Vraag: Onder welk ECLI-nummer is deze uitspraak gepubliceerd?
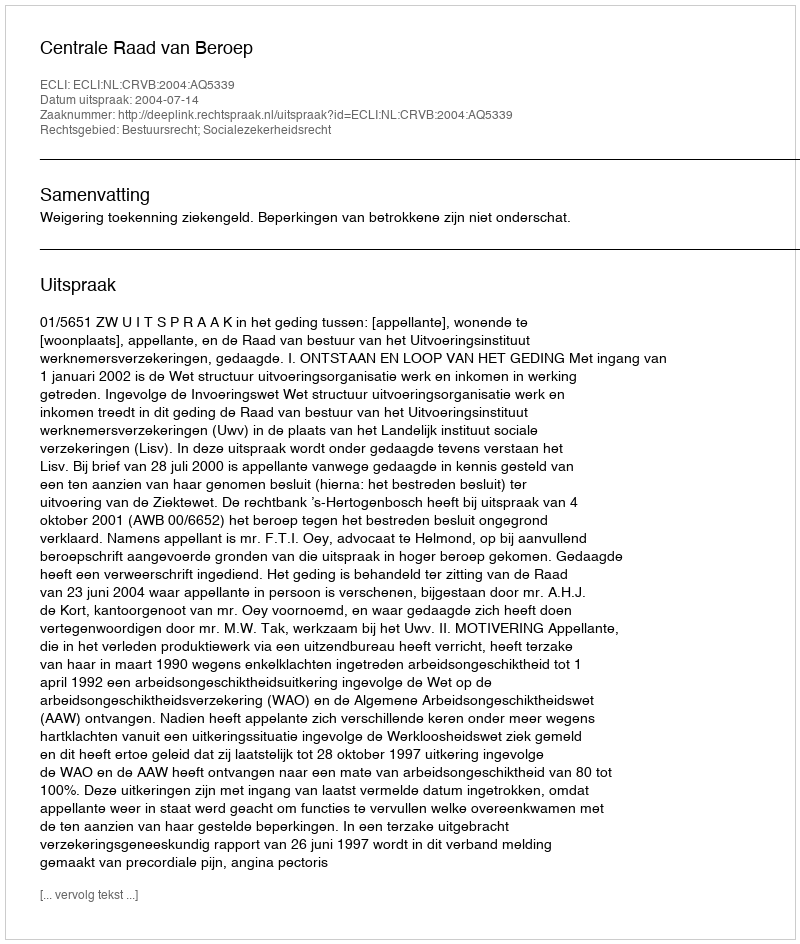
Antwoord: ECLI:NL:CRVB:2004:AQ5339